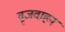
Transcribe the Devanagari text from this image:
वृजवाहन